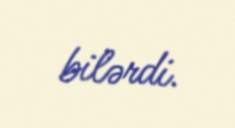
bilərdi.